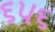
૬૫૬